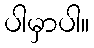
ပါမှာပါ။